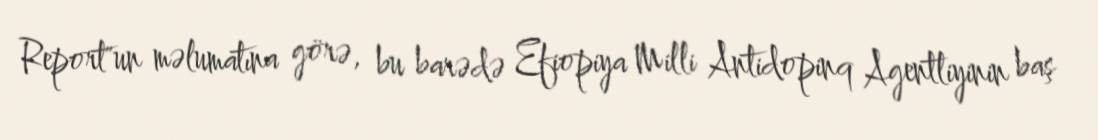
Report"un məlumatına görə, bu barədə Efiopiya Milli Antidopinq Agentliyinin baş